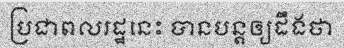
ប្រជាពលរដ្ឋនេះ បានបន្តឲ្យដឹងថា